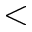
<